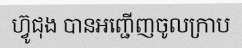
ហ្វ៊ូជុង បានអញ្ជើញចូលក្រាប